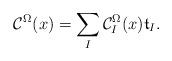
LaTeX: \begin{align*}\mathcal{C}^\Omega(x)=\sum_I \mathcal{C}_I^\Omega(x) \mathfrak{t}_I.\end{align*}